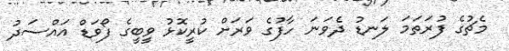
މެޗުގެ ފުރަތަމަ ލަނޑު ދެވަނަ ހާފުގެ ވަރަށް ކުރީކޮޅު ވީބީގެ ފޯވަޑް އައްސަދު